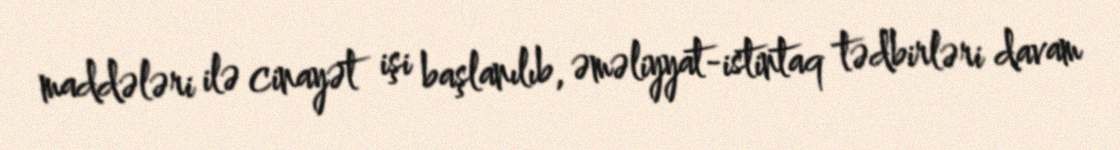
maddələri ilə cinayət işi başlanılıb, əməliyyat-istintaq tədbirləri davam